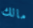
مالك